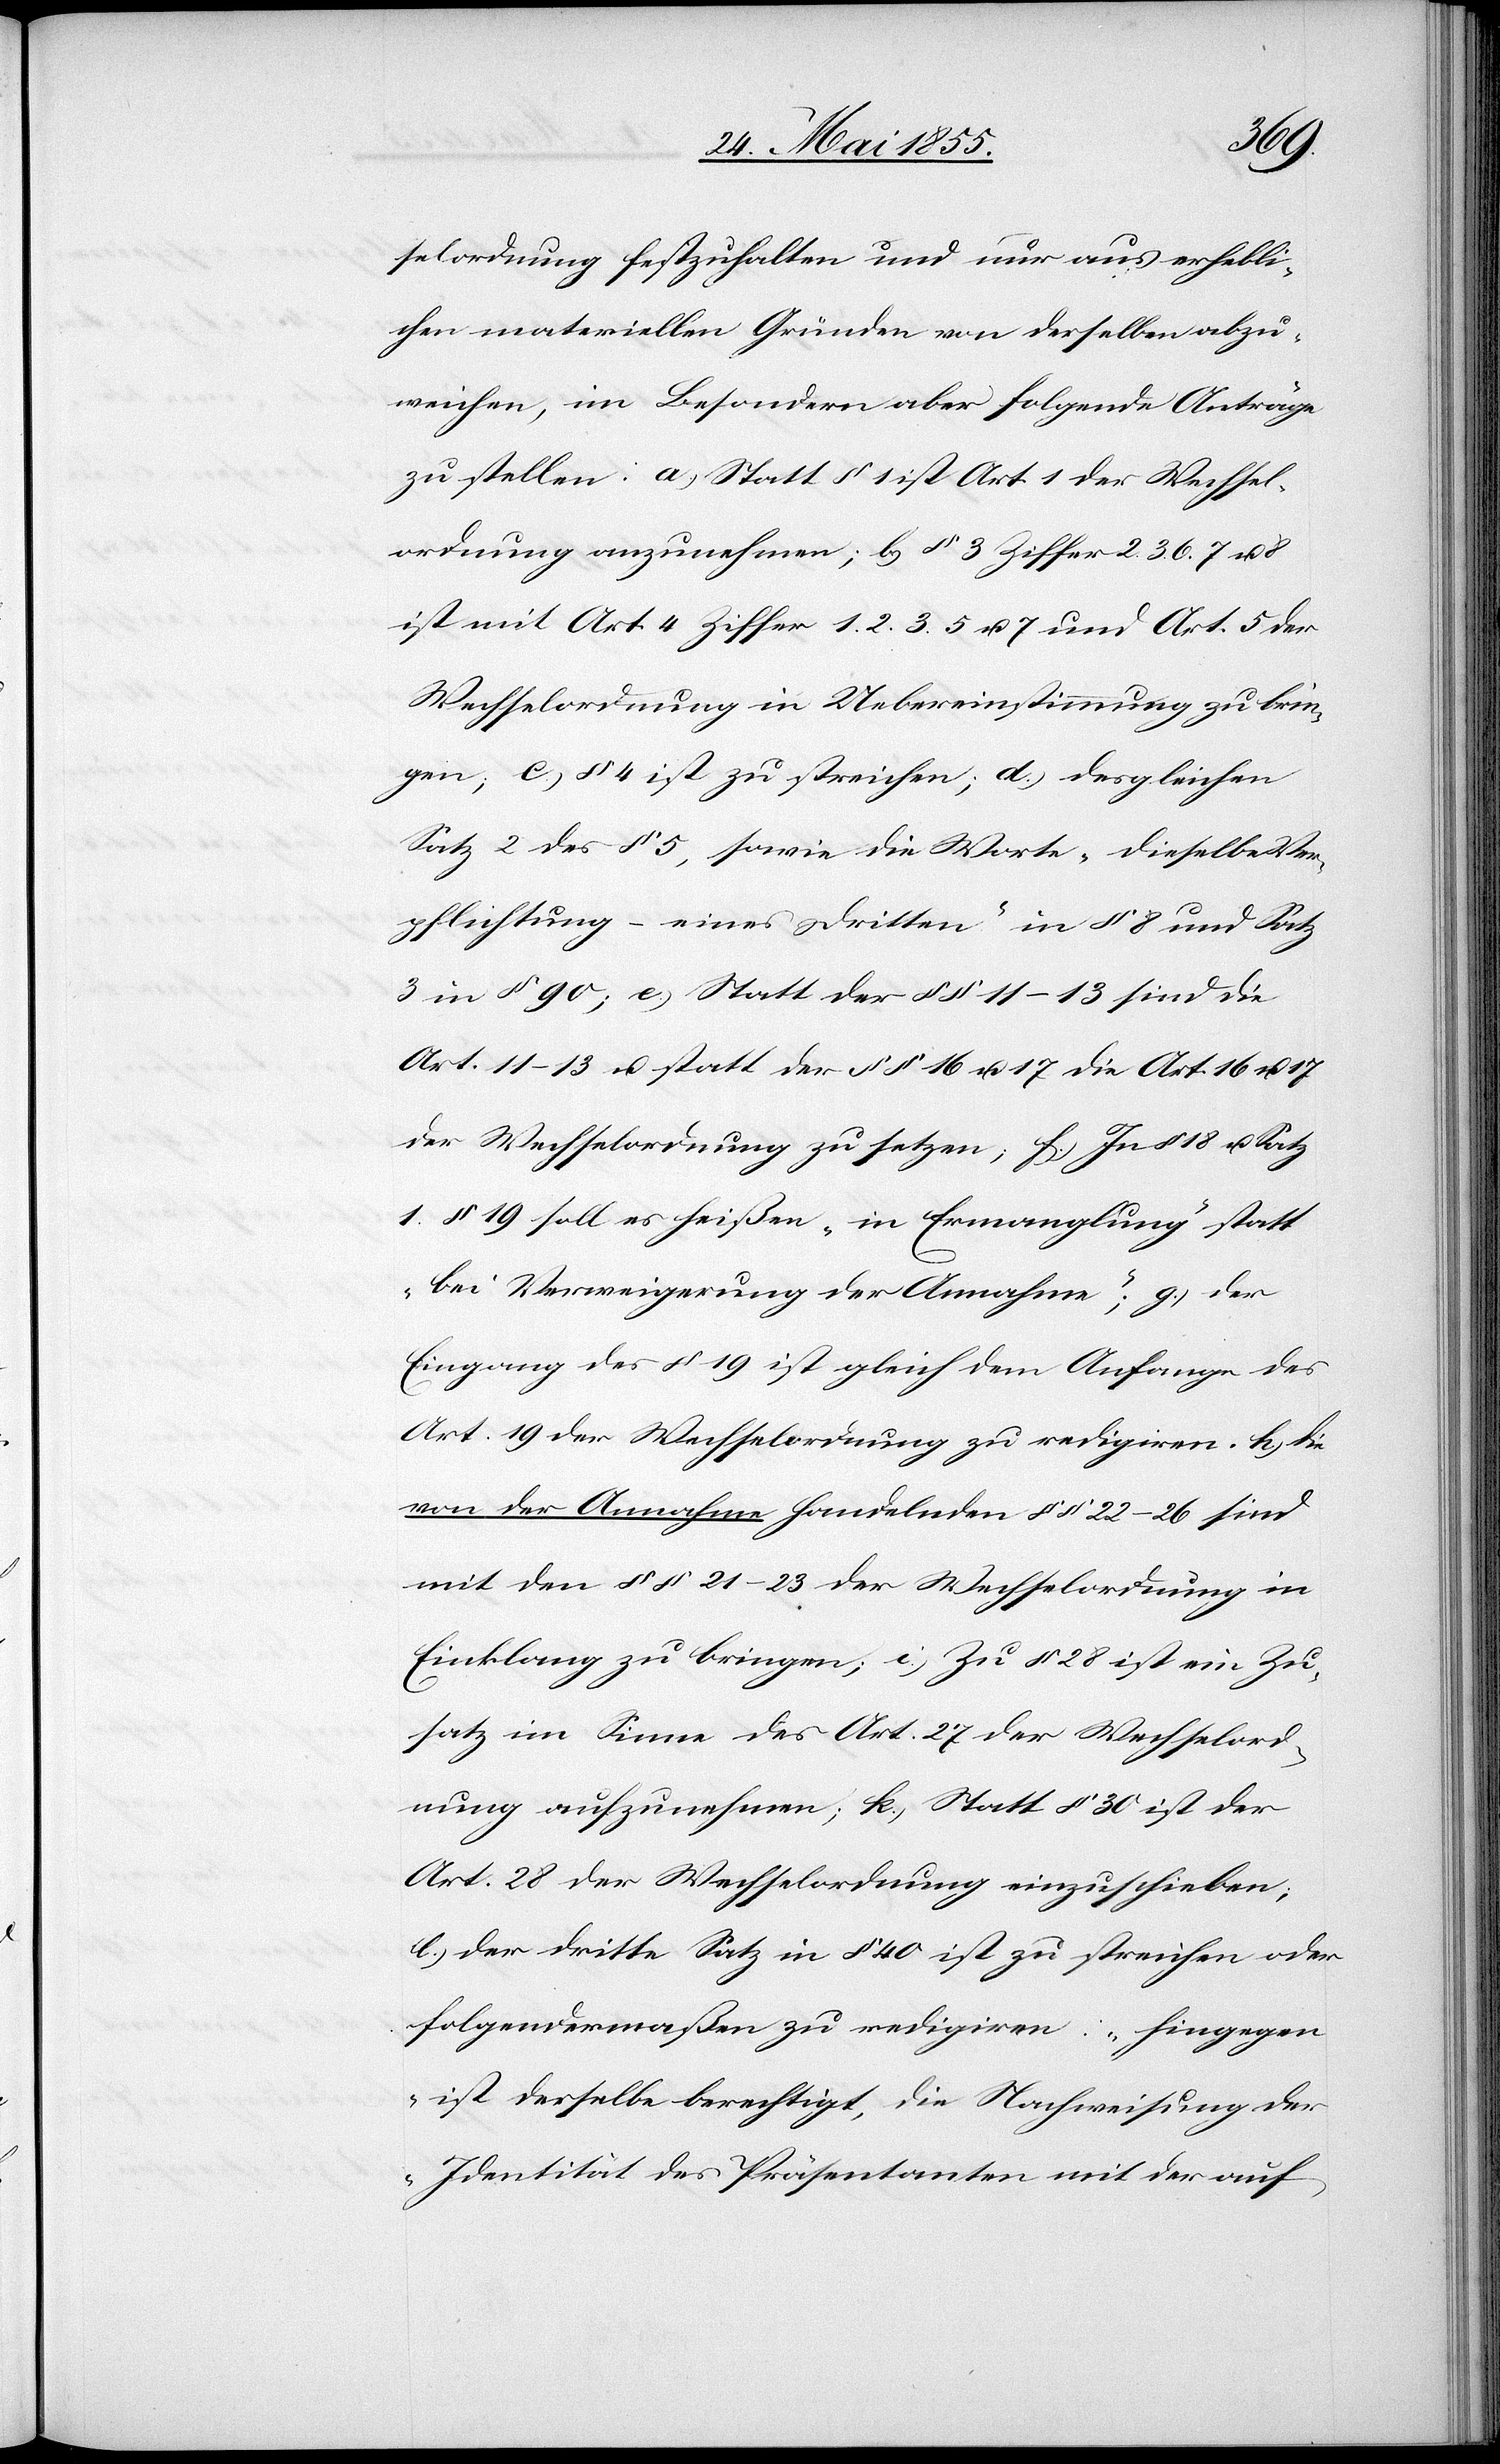
17
selordnung festzuhalten und nur aus erhebli¬
chen materiellen Gründen von derselben abzu¬
weichen, im Besondern aber folgende Anträge
zu stellen: a.) Statt § 1 ist Art. 1 der Wechsel¬
ordnung anzunehmen; b) § 3 Ziffer 2. 3. 6. 7 u.
ist mit Art. 4 Ziffer 1. 2. 3. 5 u. 7 und Art. 5 der
Wechselordnung in Uebereinstimmung zu brin¬
gen; c.) § 4 ist zu streichen; d.) desgleichen
Satz 2 des § 5, sowie die Worte „dieselbe Ver¬
pflichtung – eines Dritten“ in § 8 und Satz
3 in § 90; e.) Statt der §§ 11–13 sind die
Art. 11–13 u. statt der §§ 16 u. 17 die Art. 16 u.
der Wechselordnung zu setzen; f.) In § 18 u. Satz
1. § 19 soll es heißen „in Ermanglung“ statt
„bei Verweigerung der Annahme“, g.) der
Eingang des § 19 ist gleich dem Anfange des
Art. 19 der Wechselordnung zu redigiren. h) die
von der Annahme handelnden §§ 22–26 sind
mit den §§ 21–23 der Wechselordnung in
Einklang zu bringen; i.) Zu § 28 ist ein Zu¬
satz im Sinne des Art. 27 der Wechselord¬
nung aufzunehmen; k.) Statt § 30 ist der
Art. 28 der Wechselordnung einzuschieben;
l.) der dritte Satz in § 40 ist zu streichen oder
folgendermaßen zu redigiren: „hingegen
ist derselbe berechtigt, die Nachweisung der
Identität des Präsentanten mit der auf